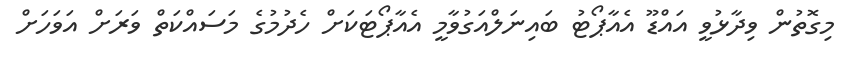
މިގޮތުން ވިދާޅުވީ އައްޑޫ އެއާޕޯޓު ބައިނަލްއަގުވާމީ އެއާޕޯޓަކަށް ހެދުމުގެ މަސައްކަތް ވަރަށް އަވަހަށް